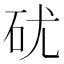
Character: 𥐶